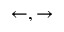
\leftarrow , \rightarrow